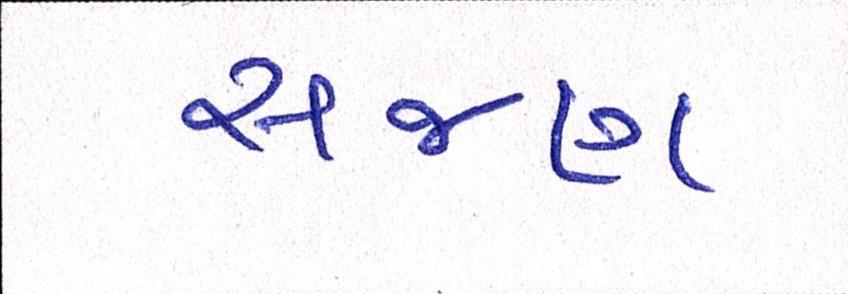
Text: સજણ